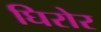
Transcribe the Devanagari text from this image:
घिरोर